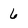
Character: 6